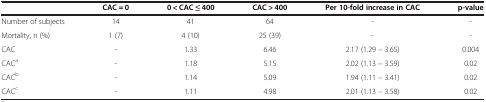
|  | CAC = 0 | 0 < CAC ≤ 400 | CAC > 400 | Per 10-fold increase in CAC | p-value |
 | --- | --- | --- | --- | --- | --- |
 | Number of subjects | 14 | 41 | 64 | - | - |
 | Mortality, n (%) | 1 (7) | 4 (10) | 25 (39) | - | - |
 | CAC | - | 1.33 | 6.46 | 2.17 (1.29 – 3.65) | 0.004 |
 | CACa | - | 1.18 | 5.15 | 2.02 (1.13 – 3.59) | 0.02 |
 | CACb | - | 1.14 | 5.09 | 1.94 (1.11 – 3.41) | 0.02 |
 | CACc | - | 1.11 | 4.98 | 2.01 (1.13 – 3.58) | 0.02 |